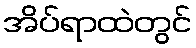
အိပ်ရာထဲတွင်